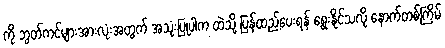
ကို ဘွတ်ကင်များအားလုံးအတွက် အသုံးပြုပါက ထဲသို့ ပြန်ထည့်ပေးရန် ရွေးနိုင်သလို နောက်တစ်ကြိမ်